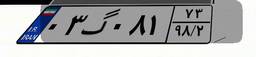
۰۳گ۰۸۱۷۳